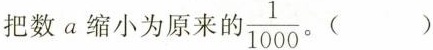
把数a缩小为原来的 \frac{1}{1000} 。()